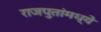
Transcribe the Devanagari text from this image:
राजपुतांमध्ये